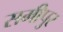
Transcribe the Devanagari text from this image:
समीपुर